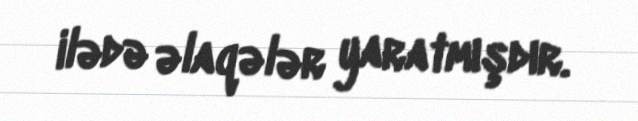
ilədə əlaqələr yaratmışdır.